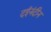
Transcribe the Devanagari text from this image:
दईनंदीन